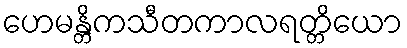
ဟေမန္တိကသီတကာလရတ္တိယော